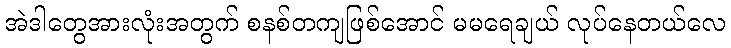
အဲဒါတွေအားလုံးအတွက် စနစ်တကျဖြစ်အောင် မမရေချယ် လုပ်နေတယ်လေ